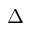
\Delta